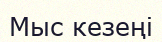
Мыс кезеңі